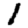
Digit: 1